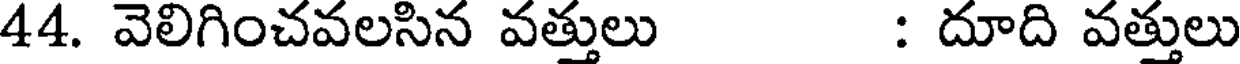
44. వెలిగించవలసిన వత్తులు : దూది వత్తులు